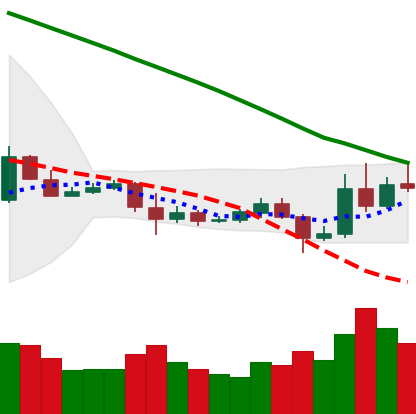
Ticker: ETC-USD
Chart end date: 2019-10-28
Forward return: 3.71%
Label: up_3_5